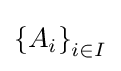
\left\{A_{i}\right\}_{i\in I}